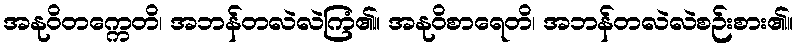
အနုဝိတက္ကေတိ၊ အဘန်တလဲလဲကြံ၏။ အနုဝိစာရေတိ၊ အဘန်တလဲလဲစဉ်းစား၏။